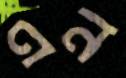
এন